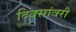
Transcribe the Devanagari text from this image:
दिवसांवरी